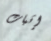
إثبات